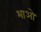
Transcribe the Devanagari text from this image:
भाओ